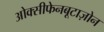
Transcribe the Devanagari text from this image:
ओक्सीफेनबूटाज़ोन